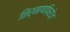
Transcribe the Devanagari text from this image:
निर्माणफ़िरोज़